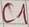
Text: C1